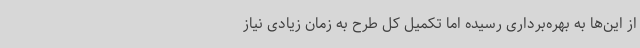
از این‌ها به بهره‌برداری رسیده اما تکمیل کل طرح به زمان زیادی نیاز